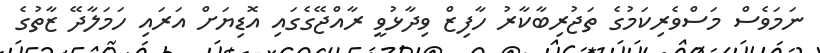
ނަމަވެސް މަސްވެރިކަމުގެ ތަޖުރިބާކާރު ހާފިޒް ވިދާޅުވީ ރާއްޖޭގެގައި އޮޑިޔަށް އަރައި ހަމަލާދޭ ޒާތުގެ